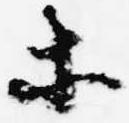
等